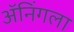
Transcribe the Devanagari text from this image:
ॲनिंगला